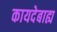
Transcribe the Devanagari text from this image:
कायदेबाह्य